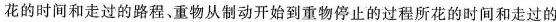
花的时间和走过的路程、重物从制动开始到重物停止的过程所花的时间和走过的